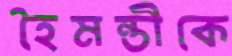
হৈমন্তীকে